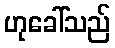
ဟုခေါ်သည်